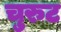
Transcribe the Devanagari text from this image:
चुरुट